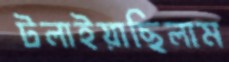
টলাইয়াছিলাম